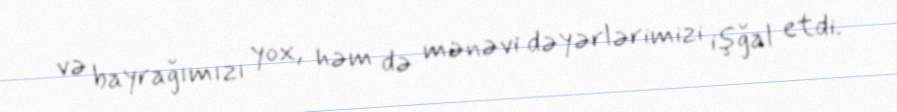
və bayrağımızı yox, həm də mənəvi dəyərlərimizi işğal etdi.